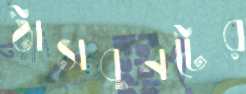
ঠাসবুনটের